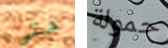
حتى حمولة